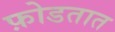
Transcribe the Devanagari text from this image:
फ़ोडतात